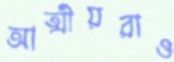
আত্মীয়রাও